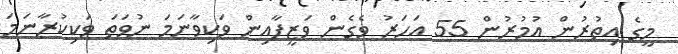
މީގެ އިތުރުން އުމުރުން 55 އަހަރު ވެގެން ވަޒީފާއިން ވަކިވާނަމަ ނުވަތަ ވަކިކުރާނަމަ